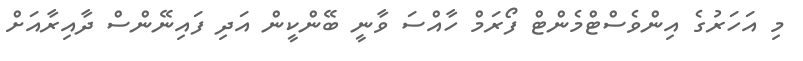
މި އަހަރުގެ އިންވެސްޓްމެންޓް ފޯރަމް ހާއްސަ ވާނީ ބޭންކީން އަދި ފައިނޭންސް ދާއިރާއަށް